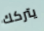
يتركك